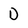
Character: D